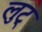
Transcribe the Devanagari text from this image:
लुट्